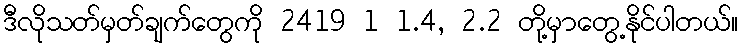
ဒီလိုသတ်မှတ်ချက်တွေကို 2419 1 1.4, 2.2 တို့မှာတွေ့နိုင်ပါတယ်။